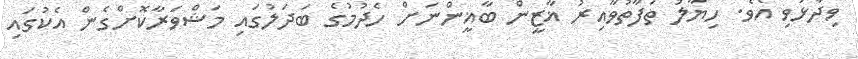
ވިދާޅުވި އެވެ. ހިޔާލު ތަފާތުވާއިރު ޣާޒީން ބާޣީންނަށް ހެދުމުގެ ބަދަލުގައި މަޝްވަރާކޮށްގެން އެކުގައި